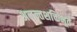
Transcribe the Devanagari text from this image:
अनन्तशक्तिभूते